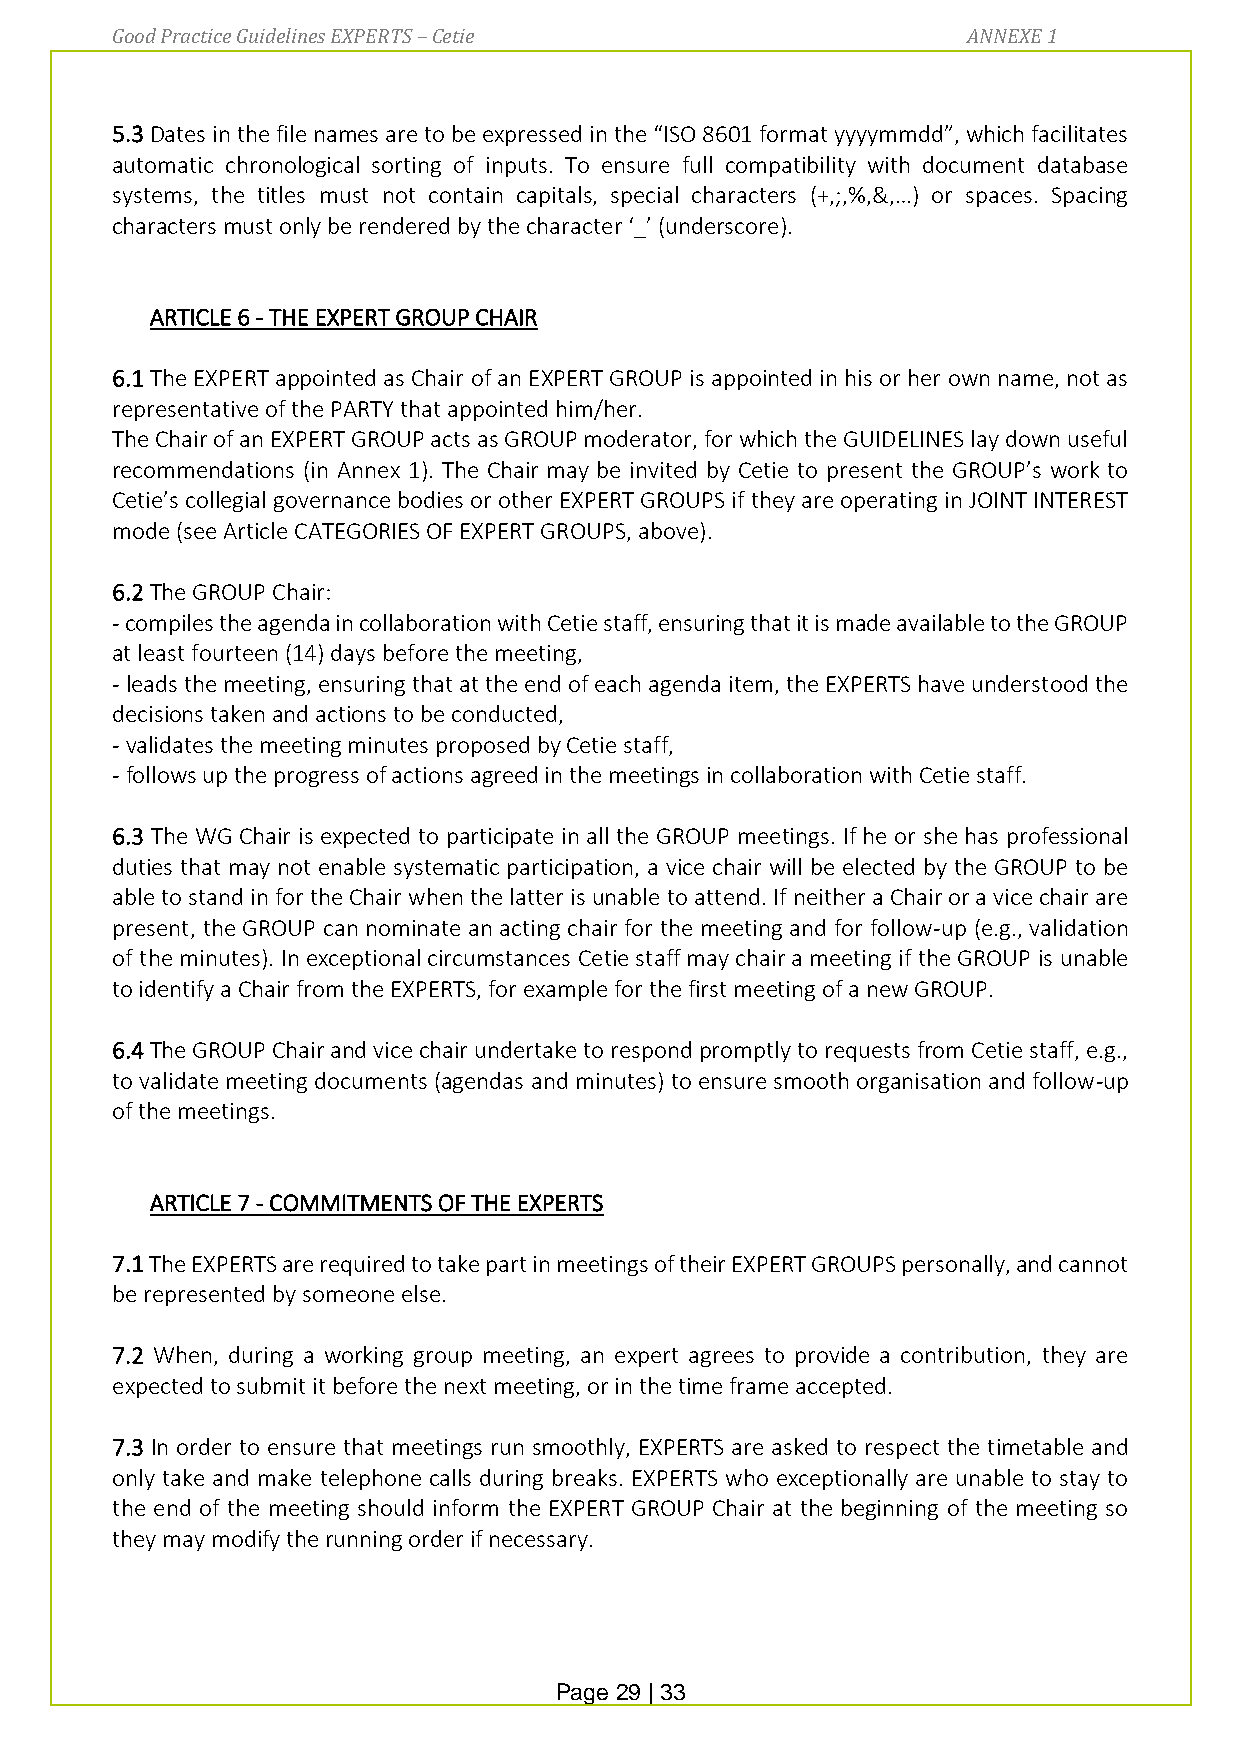
Good Practice Guidelines EXPERTS – Cetie                 ANNEXE 1
 5.3 Dates in the file names are to be expressed in the “ISO 8601 format yyyymmdd”, which facilitates
 automatic chronological sorting of inputs. To ensure full compatibility with document database
 systems, the titles must not contain capitals, special characters (+,;,%,&,…) or spaces. Spacing
 characters must only be rendered by the character ‘_’ (underscore).
 ARTICLE 6 - THE EXPERT GROUP CHAIR
 6.1 The EXPERT appointed as Chair of an EXPERT GROUP is appointed in his or her own name, not as
 representative of the PARTY that appointed him/her.
 The Chair of an EXPERT GROUP acts as GROUP moderator, for which the GUIDELINES lay down useful
 recommendations (in Annex 1). The Chair may be invited by Cetie to present the GROUP’s work to
 Cetie’s collegial governance bodies or other EXPERT GROUPS if they are operating in JOINT INTEREST
 mode (see Article CATEGORIES OF EXPERT GROUPS, above).
 6.2 The GROUP Chair:
 - compiles the agenda in collaboration with Cetie staff, ensuring that it is made available to the GROUP
 at least fourteen (14) days before the meeting,
 - leads the meeting, ensuring that at the end of each agenda item, the EXPERTS have understood the
 decisions taken and actions to be conducted,
 - validates the meeting minutes proposed by Cetie staff,
 - follows up the progress of actions agreed in the meetings in collaboration with Cetie staff.
 6.3 The WG Chair is expected to participate in all the GROUP meetings. If he or she has professional
 duties that may not enable systematic participation, a vice chair will be elected by the GROUP to be
 able to stand in for the Chair when the latter is unable to attend. If neither a Chair or a vice chair are
 present, the GROUP can nominate an acting chair for the meeting and for follow-up (e.g., validation
 of the minutes). In exceptional circumstances Cetie staff may chair a meeting if the GROUP is unable
 to identify a Chair from the EXPERTS, for example for the first meeting of a new GROUP.
 6.4 The GROUP Chair and vice chair undertake to respond promptly to requests from Cetie staff, e.g.,
 to validate meeting documents (agendas and minutes) to ensure smooth organisation and follow-up
 of the meetings.
 ARTICLE 7 - COMMITMENTS OF THE EXPERTS
 7.1 The EXPERTS are required to take part in meetings of their EXPERT GROUPS personally, and cannot
 be represented by someone else.
 7.2 When, during a working group meeting, an expert agrees to provide a contribution, they are
 expected to submit it before the next meeting, or in the time frame accepted.
 7.3 In order to ensure that meetings run smoothly, EXPERTS are asked to respect the timetable and
 only take and make telephone calls during breaks. EXPERTS who exceptionally are unable to stay to
 the end of the meeting should inform the EXPERT GROUP Chair at the beginning of the meeting so
 they may modify the running order if necessary.
 Page 29 | 33